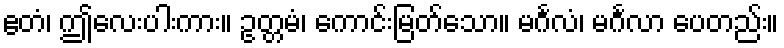
ဧတံ၊ ဤလေးပါးကား။ ဥတ္တမံ၊ ကောင်းမြတ်သော။ မင်္ဂလံ၊ မင်္ဂလာ ပေတည်း။